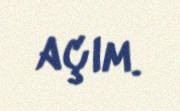
açım.